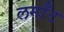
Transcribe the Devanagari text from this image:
लमाँट